画像に写った文字を読んでください
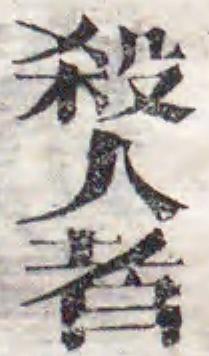
「殺人者」と書いてあります